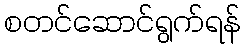
စတင်ဆောင်ရွက်ရန်